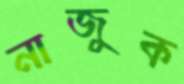
নাজুক